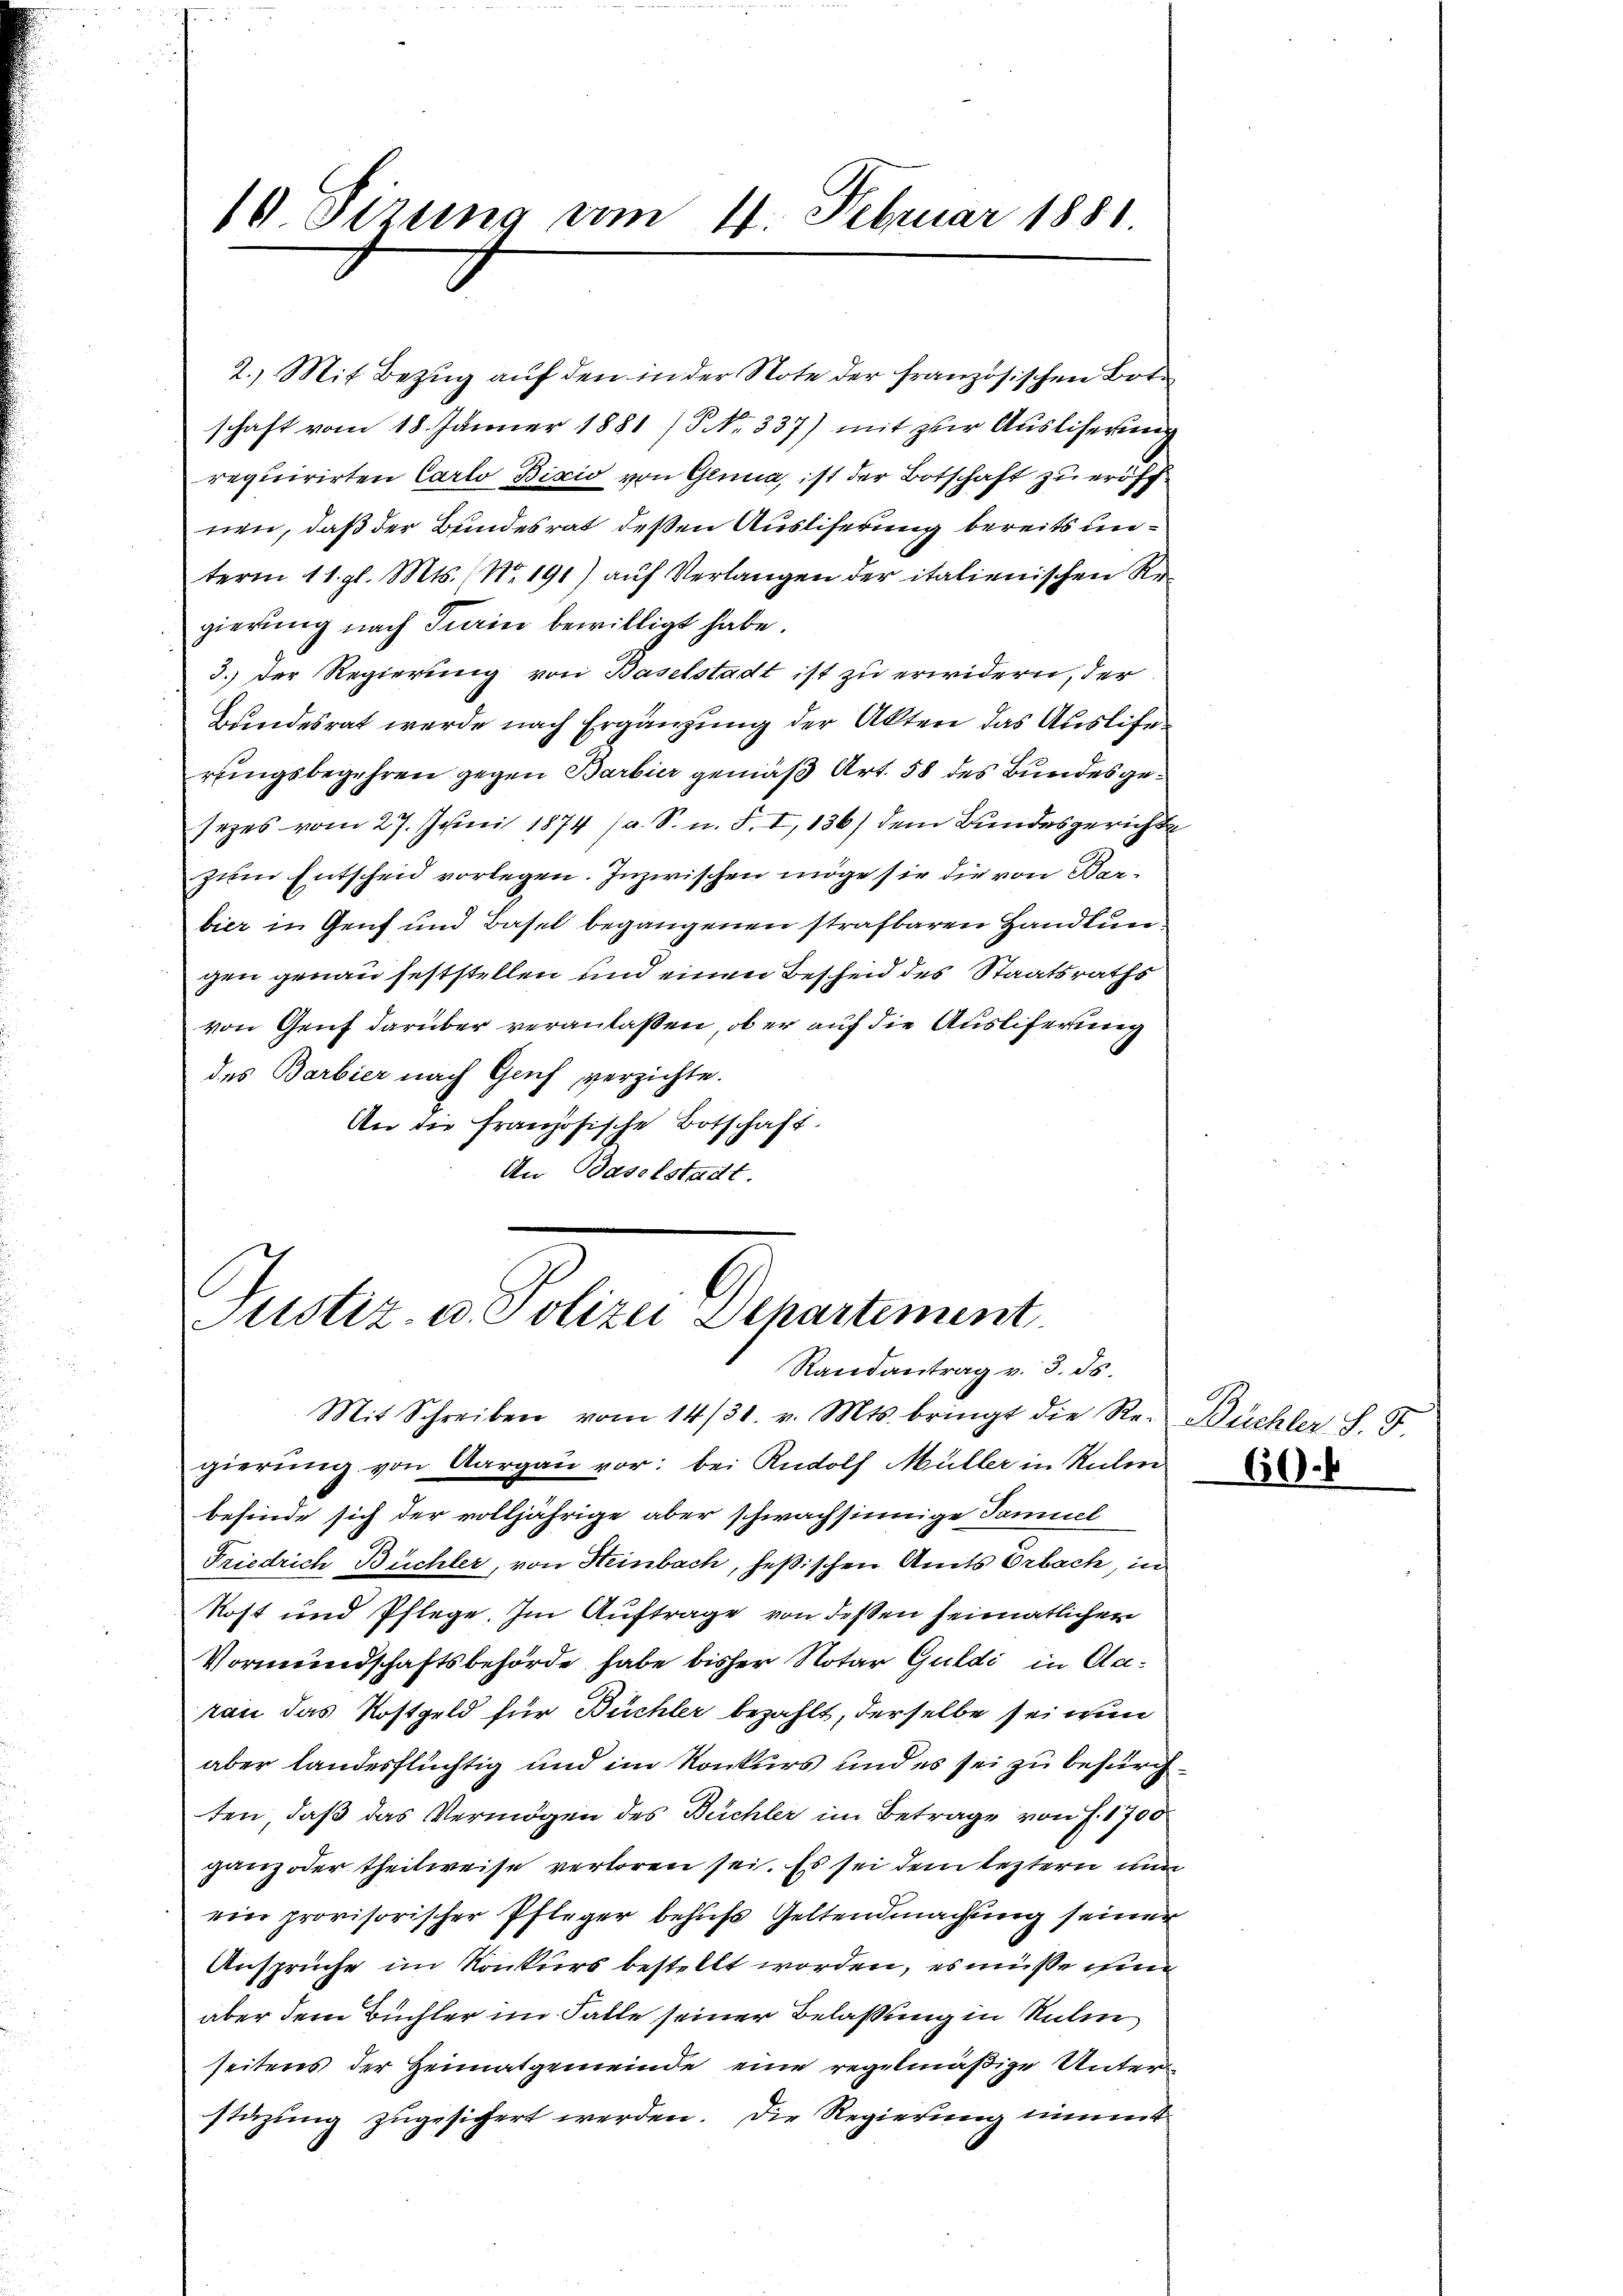
10 Sirung vom 4. Februar 1881

2.) Mit Bezug auf den in der Note der französischen Bote
schaft vom 18. Jänner 1881 (S No. 337) mit zur Ausliserung
requirirten Carlo Bixio von Glina, ist der Botschaft zu eröffnen, daß der Bundesrat deßen Ausliferung bereits unterm 11. gl. Mts. (Nr. 191) auf Verlangen der italienischen Regierung nach Turin bewilligt habe.
3.) Der Regierung von Baselstadt ist zu erwidern, der
Bundesrat werde nach Ergänzung der Akten das Auslehe
rungsbegehren gegen Barbier gemäß Art. 58 des Bundesgesezes vom 27. Juni 1874 (a. S. n. F. I, 136) dem Bundesgerichte
zum Entscheid vorlegen. Inzwischen möge sie die von Barbier in Genf und Basel begangenen strafbaren Handlungen genau feststellen und einen Bescheid des Staatsraths
von Genf darüber veranlassen, ob er auf die Auslieferung
des Barbier nach Genf verzichte.
An die französische Botschaft.
An Baselstadt.

Justiz- u. Polizei Departement
Randantrag v. 3. ds.

Mit Schreiben vom 14/31. v. Mts. bringt die Re- Büchler S. F.
gierung von Aargau vor: bei Rudolf Müller in Sulen
befinde sich der volljährige aber schwachsinnige Samuel
Friedrich Büchler, von Heinbach, heßischen Amts Orbach, in
kost und Pflege. Im Auftrage von dessen heimatlichen
Vormundschaftsbehörde habe bisher Notar Guldi in daran das Rostgeld für Büchler bezahlt, derselbe sei nun
aber landesflüchtig und im Konkurs und es sei zu befürchten, daß das Vermögen des Büchler im Betrage von J. 1750
ganz oder theilweise verloren sei. Es sei dem leztern nun
ein provisorischer Pfleger behufs Geltendmachung seiner
Ansprüche im Konkurs bestellt worden, es müsse ihm
aber dem Büchler im Falle seiner Belassung in Salin
seitens der Heimatgemeinde eine regelmäßige Unterstüzung zugesichert werden. Die Regierung nimmt

60.6